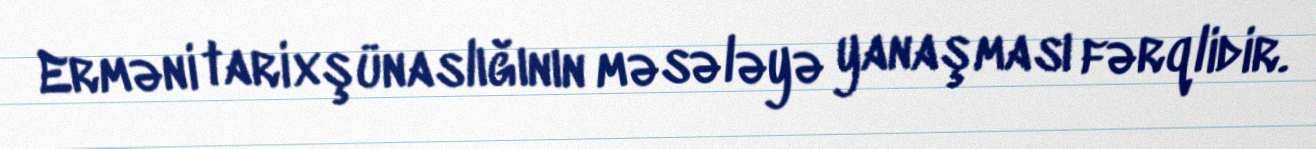
Erməni tarixşünaslığının məsələyə yanaşması fərqlidir.